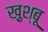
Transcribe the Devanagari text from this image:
ख़ुश्बू